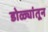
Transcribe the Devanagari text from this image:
डोळ्यांतून